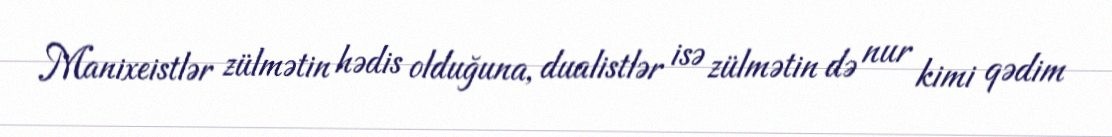
Manixeistlər zülmətin hədis olduğuna, dualistlər isə zülmətin də nur kimi qədim